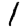
Digit: 1